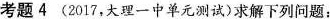
考题4 (2017，大理一中单元测试)求解下列问题;